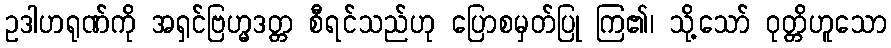
ဥဒါဟရုဏ်ကို အရှင်ဗြဟ္မဒတ္တ စီရင်သည်ဟု ပြောစမှတ်ပြု ကြ၏၊ သို့သော် ဝုတ္တိဟူသော